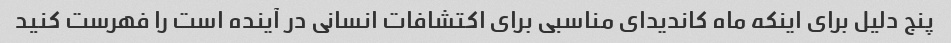
پنج دلیل برای اینکه ماه کاندیدای مناسبی برای اکتشافات انسانی در آینده است را فهرست کنید